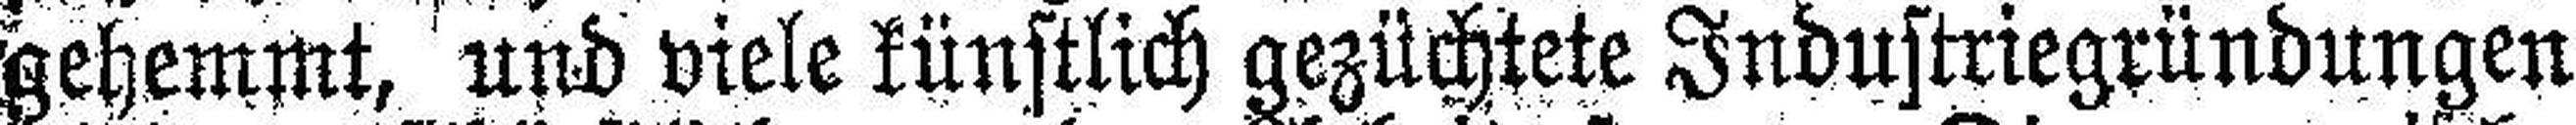
gehemmt, und viele künstlich gezüchtete Industriegründungen